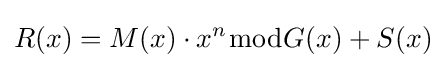
R(x)=M(x)\cdot x^{n}{\bmod {G}}(x)+S(x)